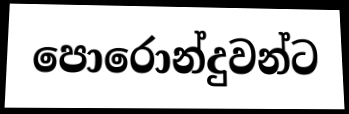
පොරොන්දුවන්ට